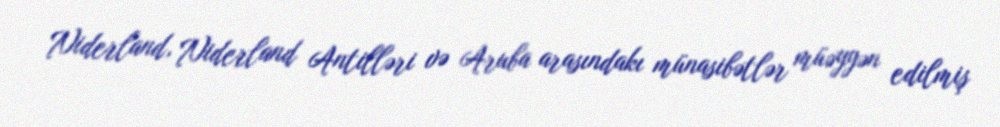
Niderland, Niderland Antilləri və Aruba arasındakı münasibətlər müəyyən edilmiş